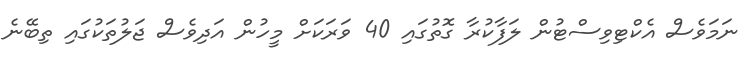
ނަމަވެސް އެކްޓިވިސްޓުން ލަފާކުރާ ގޮތުގައި 40 ވަރަކަށް މީހުން އަދިވެސް ޖަލުތަކުގައި ތިބޭނެ